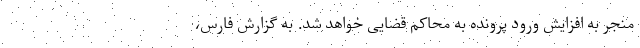
منجر به افزایش ورود پرونده به محاکم قضایی خواهد شد. به گزارش فارس،